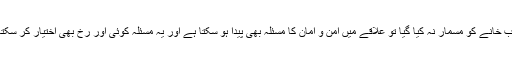
انہوں نے کہا کہ یہ صورتحال اگر برقرار رہی اور شراب خانے کو مسمار نہ کیا گیا تو علاقے میں امن و امان کا مسئلہ بھی پیدا ہو سکتا ہے اور یہ مسئلہ کوئی اور رخ بھی اختیار کر سکتا ہے اس لیے اس صورتحال کا فی الفور نوٹس لیا جائے۔